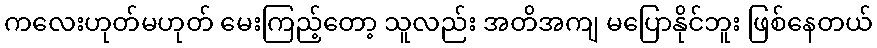
ကလေးဟုတ်မဟုတ် မေးကြည့်တော့ သူလည်း အတိအကျ မပြောနိုင်ဘူး ဖြစ်နေတယ်